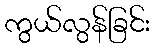
ကွယ်လွန်ခြင်း